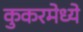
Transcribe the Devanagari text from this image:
कुकरमेध्ये